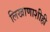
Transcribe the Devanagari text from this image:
लिखाणाशीही